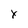
Character: x